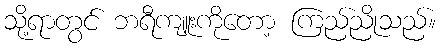
သို့ရာတွင် ဘရီကျူးကိုတော့ ကြည်ညိုသည်။